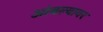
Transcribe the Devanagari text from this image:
आंबल्यावर